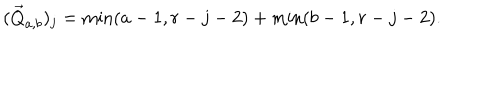
( \vec { Q } _ { a , b } ) _ { j } = \min ( a - 1 , r - j - 2 ) + \min ( b - 1 , r - j - 2 ) .